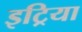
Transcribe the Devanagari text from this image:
इट्रिया